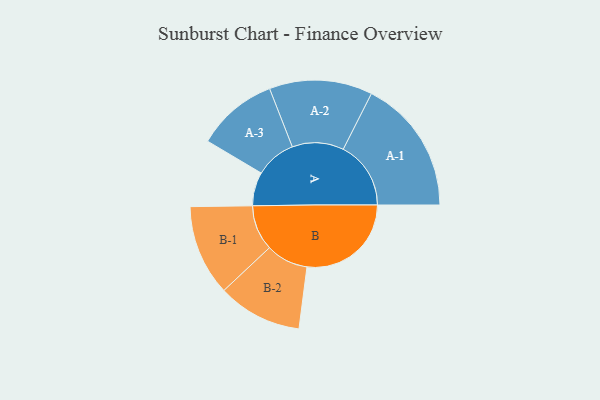
{"axis": {"x": "Segment", "y": "Value"}, "legend": ["", "A", "B"], "data": [{"x": "A", "y": 126, "type": ""}, {"x": "B", "y": 390, "type": ""}, {"x": "A-1", "y": 253, "type": "A"}, {"x": "A-2", "y": 193, "type": "A"}, {"x": "A-3", "y": 152, "type": "A"}, {"x": "B-1", "y": 170, "type": "B"}, {"x": "B-2", "y": 158, "type": "B"}]}